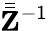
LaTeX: \bar{\bar{\mathbf{Z}}}^{-1}